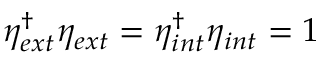
\eta _ { e x t } ^ { \dagger } \eta _ { e x t } = \eta _ { i n t } ^ { \dagger } \eta _ { i n t } = 1